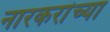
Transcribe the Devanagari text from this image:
नारकरांच्या